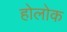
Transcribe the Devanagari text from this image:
होलोक